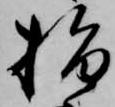
指